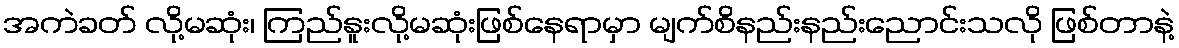
အကဲခတ် လို့မဆုံး၊ ကြည်နူးလို့မဆုံးဖြစ်နေရာမှာ မျက်စိနည်းနည်းညောင်းသလို ဖြစ်တာနဲ့